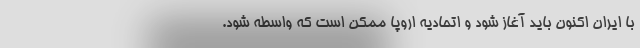
با ایران اکنون باید آغاز شود و اتحادیه اروپا ممکن است که واسطه شود.